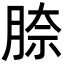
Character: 𦝀